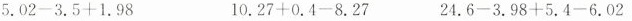
$$5.02-3.5+1.98$$ $$10.27+0.4-8.27$$ $$24.6-3.98+5.4-6.02$$